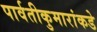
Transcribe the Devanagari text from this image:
पार्वतीकुमारांकडे